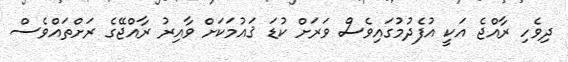
ދިވެހި ރާއްޖެ އަކީ އުފެދުމުގައިވެސް ވަރަށް ކުޑަ ޤައުމަކަށް ވާއިރު ރާއްޖޭގެ ރަށްތައްވެސް